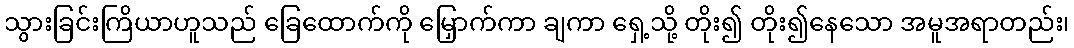
သွားခြင်းကြိယာဟူသည် ခြေထောက်ကို မြှောက်ကာ ချကာ ရှေ့သို့ တိုး၍ တိုး၍နေသော အမူအရာတည်း၊